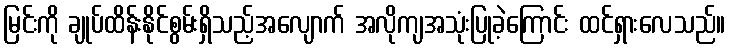
မြင်းကို ချုပ်ထိန်းနိုင်စွမ်းရှိသည့်အလျောက် အလိုကျအသုံးပြုခဲ့ကြောင်း ထင်ရှားလေသည်။